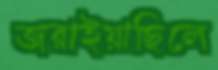
জরাইয়াছিলে